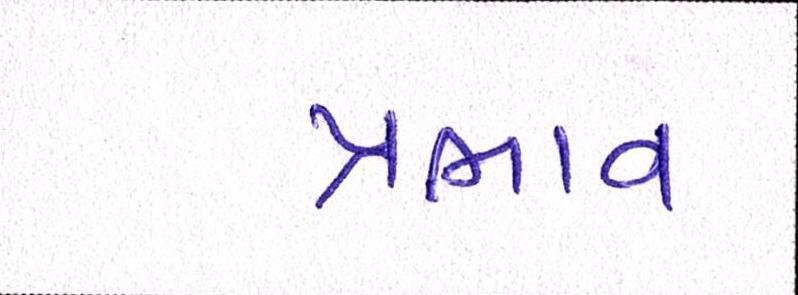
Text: પ્રભાવ